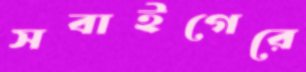
সবাইগেরে